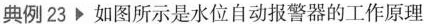
典例23 ▸ 如图所示是水位自动报警器的工作原理